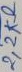
Text: 2,2KΩ